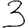
Digit: 3